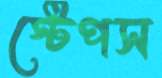
স্টেপস